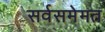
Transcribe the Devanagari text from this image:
सर्वसमेमत